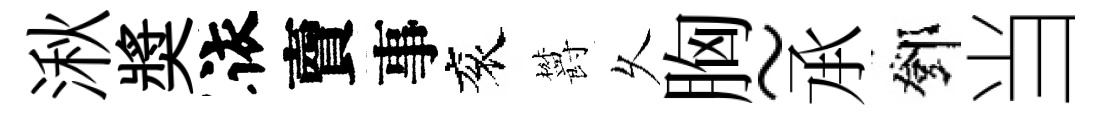
湫奬依𧶠事衮欝乆胸~𠄘鄧当